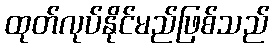
ထုတ်လုပ်နိုင်မည်ဖြစ်သည်